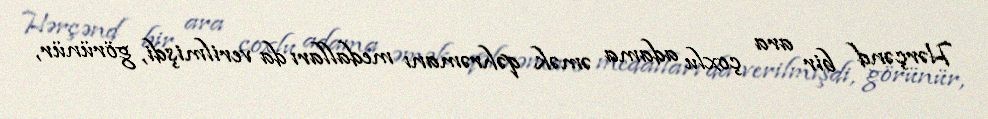
Hərçənd bir ara çoxlu adama əmək qəhrəmanı medalları da verilmişdi, görünür,